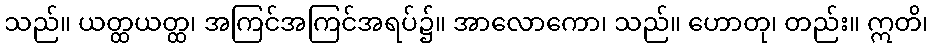
သည်။ ယတ္ထယတ္ထ၊ အကြင်အကြင်အရပ်၌။ အာလောကော၊ သည်။ ဟောတု၊ တည်း။ ဣတိ၊